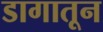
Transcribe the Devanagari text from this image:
डागातून